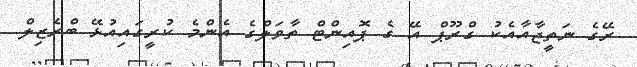
ރޭގެ ނަތީޖާއާއެކު ގްރޫޕް އޭ ގެ ޕޮއިންޓް ތާވަލްގެ އެންމެ ކުރީގައިއުޅޭ ބްރެޒިލް